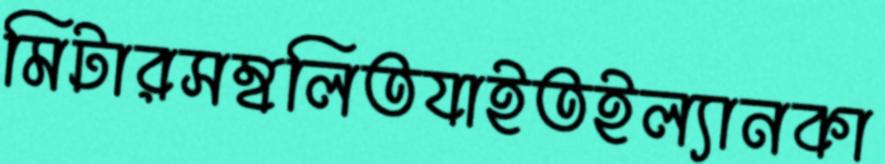
মিটারসম্বলিতযাইতইল্যানকা